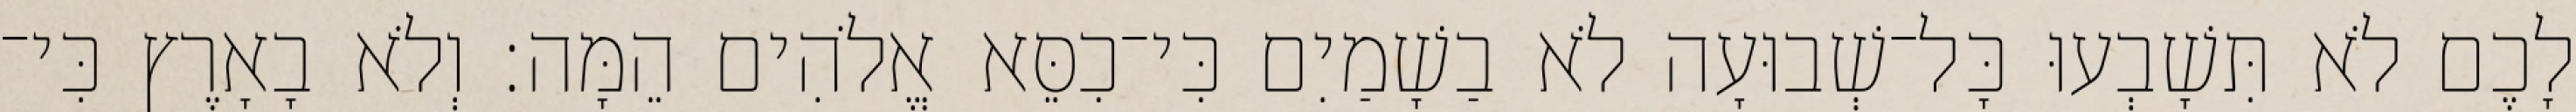
לָכֶם לֹא תִּשָׁבְעוּ כָּל־שְׁבוּעָה לֹא בַשָׁמַיִם כִּי־כִסֵּא אֱלֹהִים הֵמָּה׃ וְלֹא בָאָרֶץ כִּי־